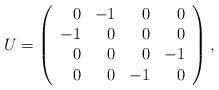
LaTeX: \begin{align*}U=\left( \begin{array}{rrrr}0 & -1 & 0 & 0\\-1 & 0 & 0 & 0\\0 & 0 & 0 & -1\\0 & 0 & -1 & 0\end{array}\right),\end{align*}